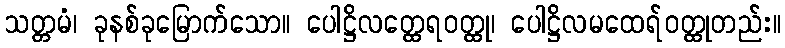
သတ္တမံ၊ ခုနစ်ခုမြောက်သော။ ပေါဋ္ဌိလတ္ထေရဝတ္ထု၊ ပေါဋ္ဌိလမထေရ်ဝတ္ထုတည်း။